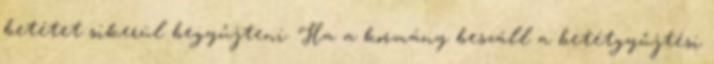
betétet sikerül begyűjteni. Ha a kormány beszáll a betétgyűjtési